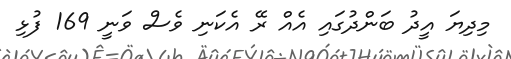
މިދިޔަ އީދު ބަންދުގައި އެއް ރޭ އެކަނި ވެސް ވަނީ 169 ފުޅި